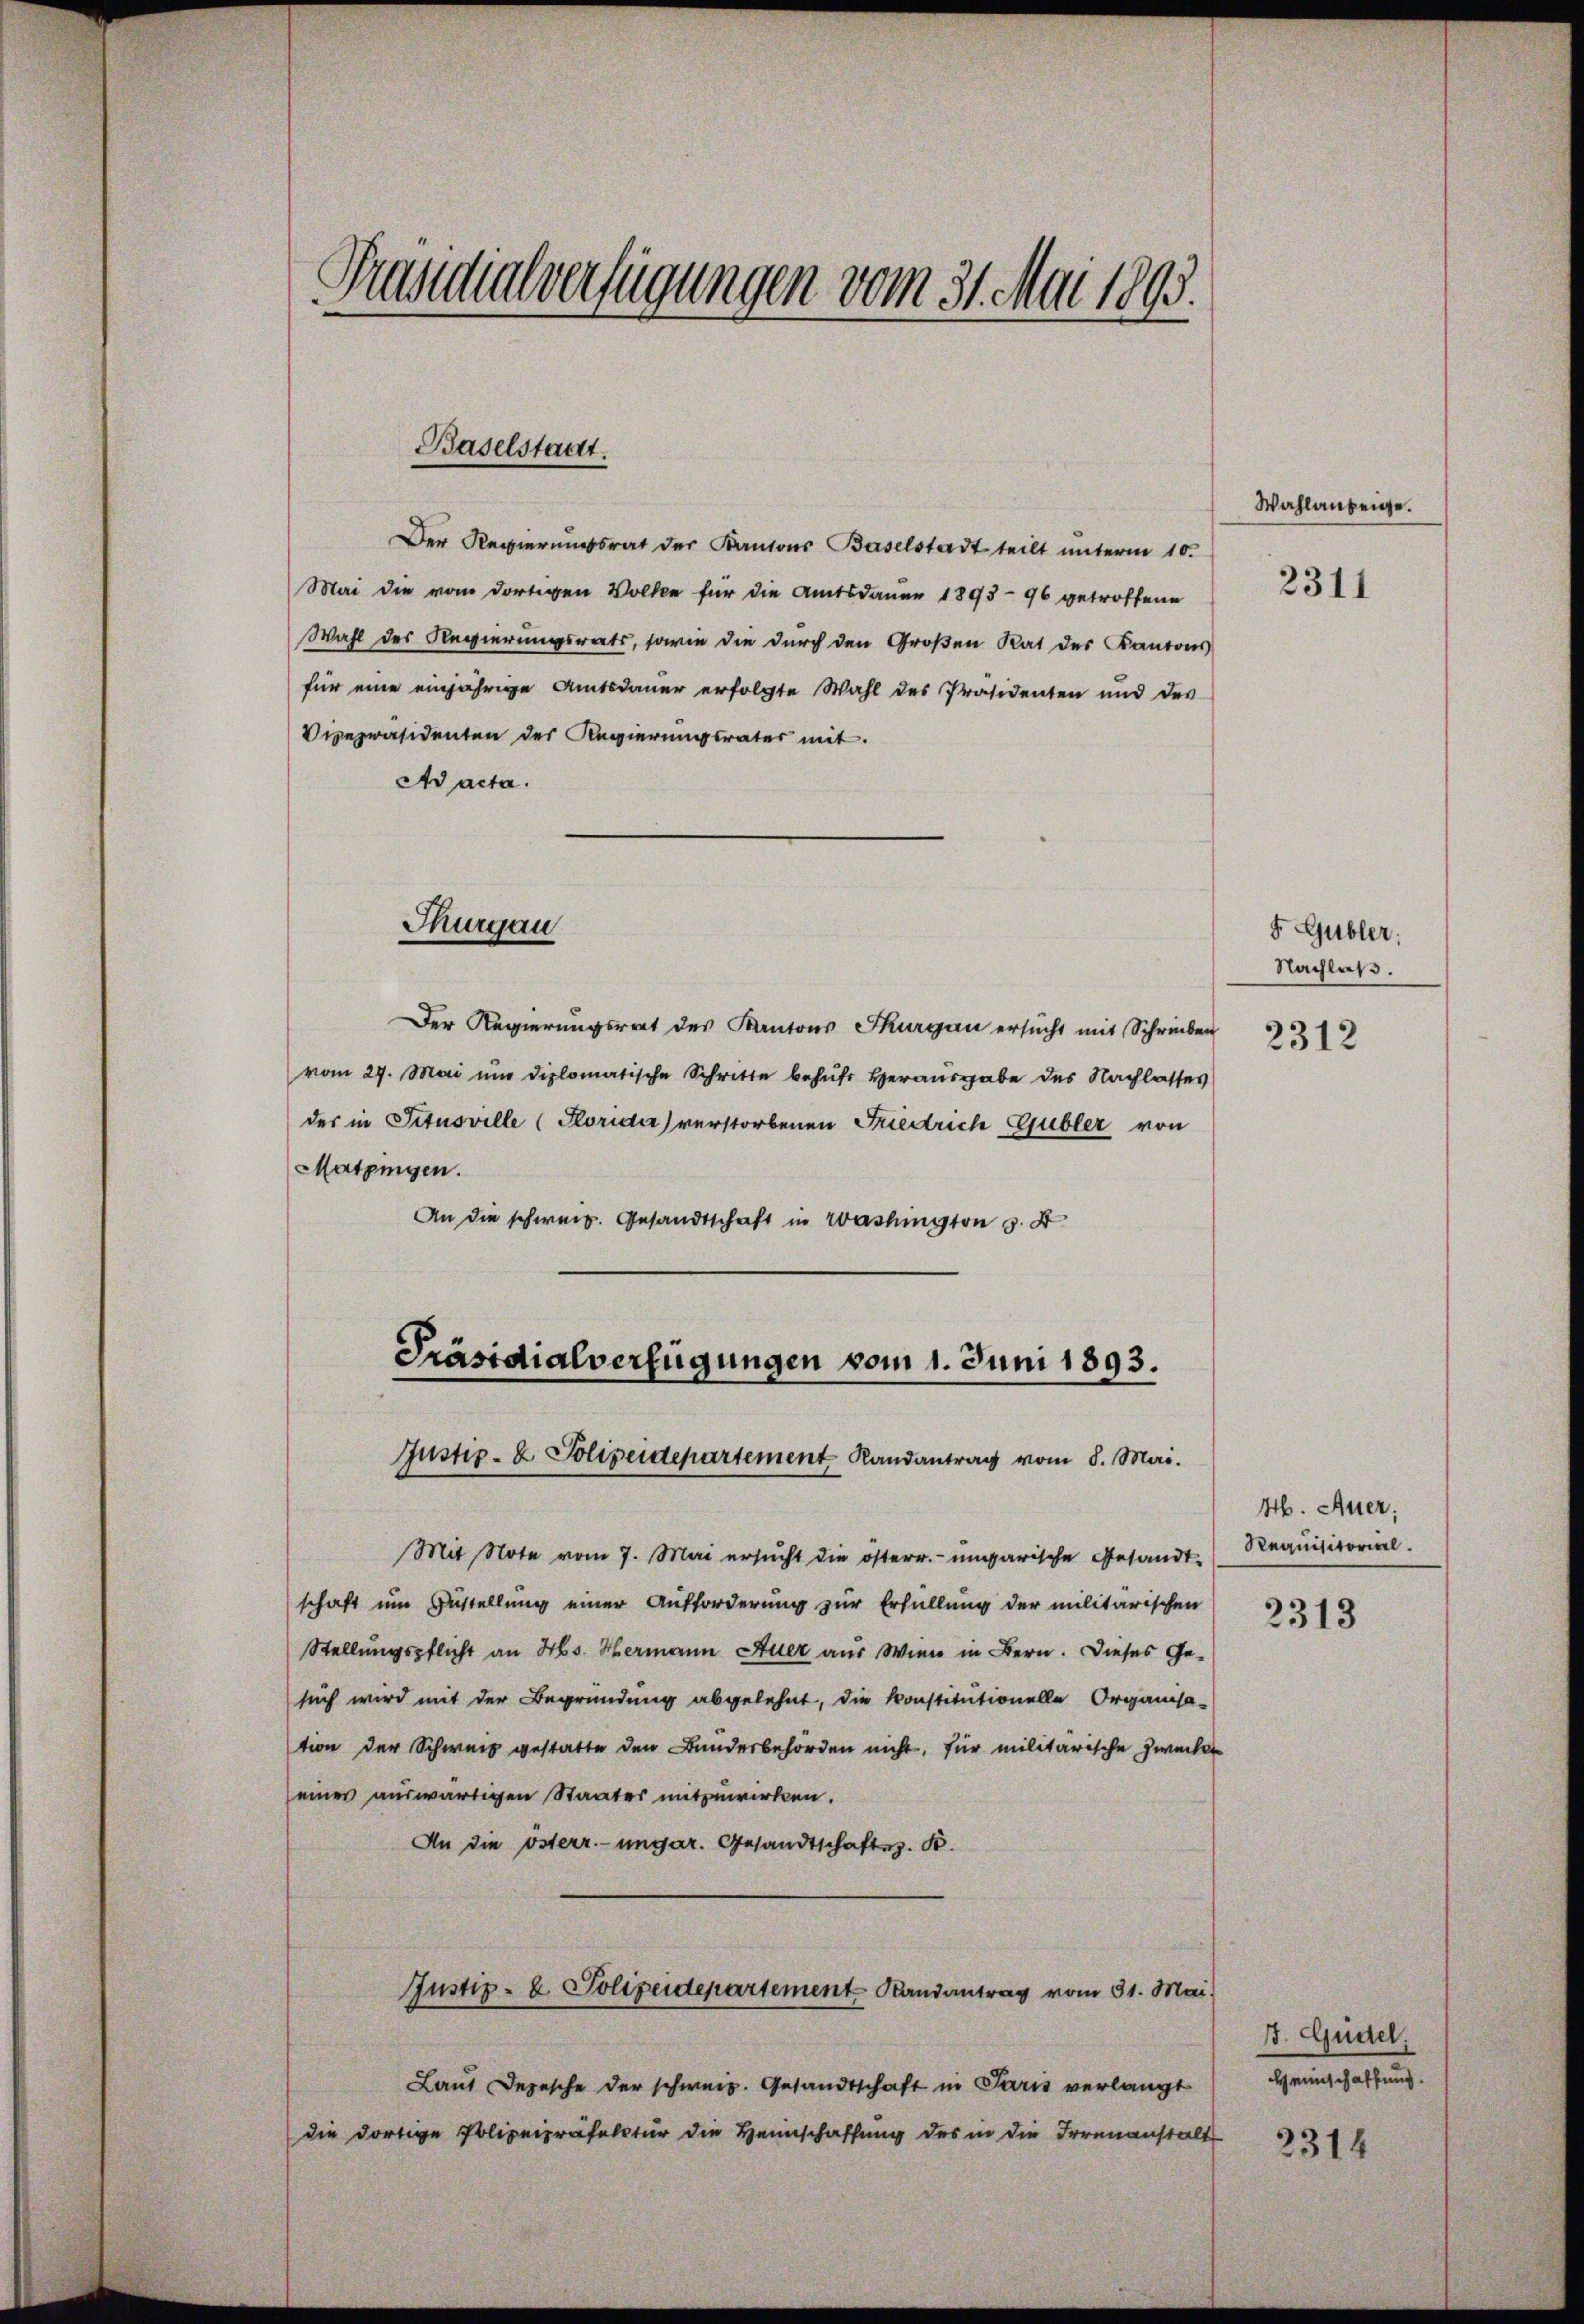
Prandialverfügungen vom 31. Mai 1893.

Baselstadt.

Der Regierungsrat der Kantons Baselstadt teilt ŭnterm 10.
Mai die vom dortigen Volke für die Amtsdauer 1893 - 96 getroffene
Wahl des Regierungsrats, sowie die durch den Großen Rat des Kantons
für eine einjährige Amtsdauer erfolgte Wahl des Präsidenten und des
Vizepräsidenten des Regierungsrater mit
Ad acta.
Thurgau
Der Regierungsrat des Kantons Thurgau ersŭcht mit Schrieben 331
vom 29. Mai um diplomatische Schritte behufs Herausgabe des Nachlasses
der in Situoville (Soridie) verstorbenen Friedrich Gubler von
Matzingen.
An die schweiz. Gesandtschaft in Washington S. 4

Präsidialverfügungen vom 1. Juni 1893.
Justiz- & Polizeidepartement Randantrag vom 8. Mai.

Mit Note vom 7. Mai ersŭcht die österr.-ungarische Gesandtschaft um Zustellung einer Aufforderung zur Erfüllung der militarischen
Stellungspflicht an Hs. Hermann Auer aus Wien in Bern. Dieses Ge-
such wird mit der Begründung abgelehnt, die Konstitutionelle Organisa-
tion der Schweiz gestatte den Bunderbehörden nicht, für militärische Zwecke
eines auswärtigen Staates mitzuwirken.
An die österr.-ungar. Gesandtschaften. B.
Justiz- & Polizeidepartement Randantrag vom 31. Mai.
Laut Depesche der schweiz. Gesandtschaft in Paris verlangt
die dortige Polizeipräfectur die Heimschaffung des in die Irrenanstalt

Wahlanzeige.

2311

Nachlaß.

F. Gubler:

M. Auer,
Requisitorial
2313

3. Gudel.
Heimschaffung.

2314